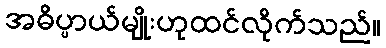
အဓိပ္ပာယ်မျိုးဟုထင်လိုက်သည်။